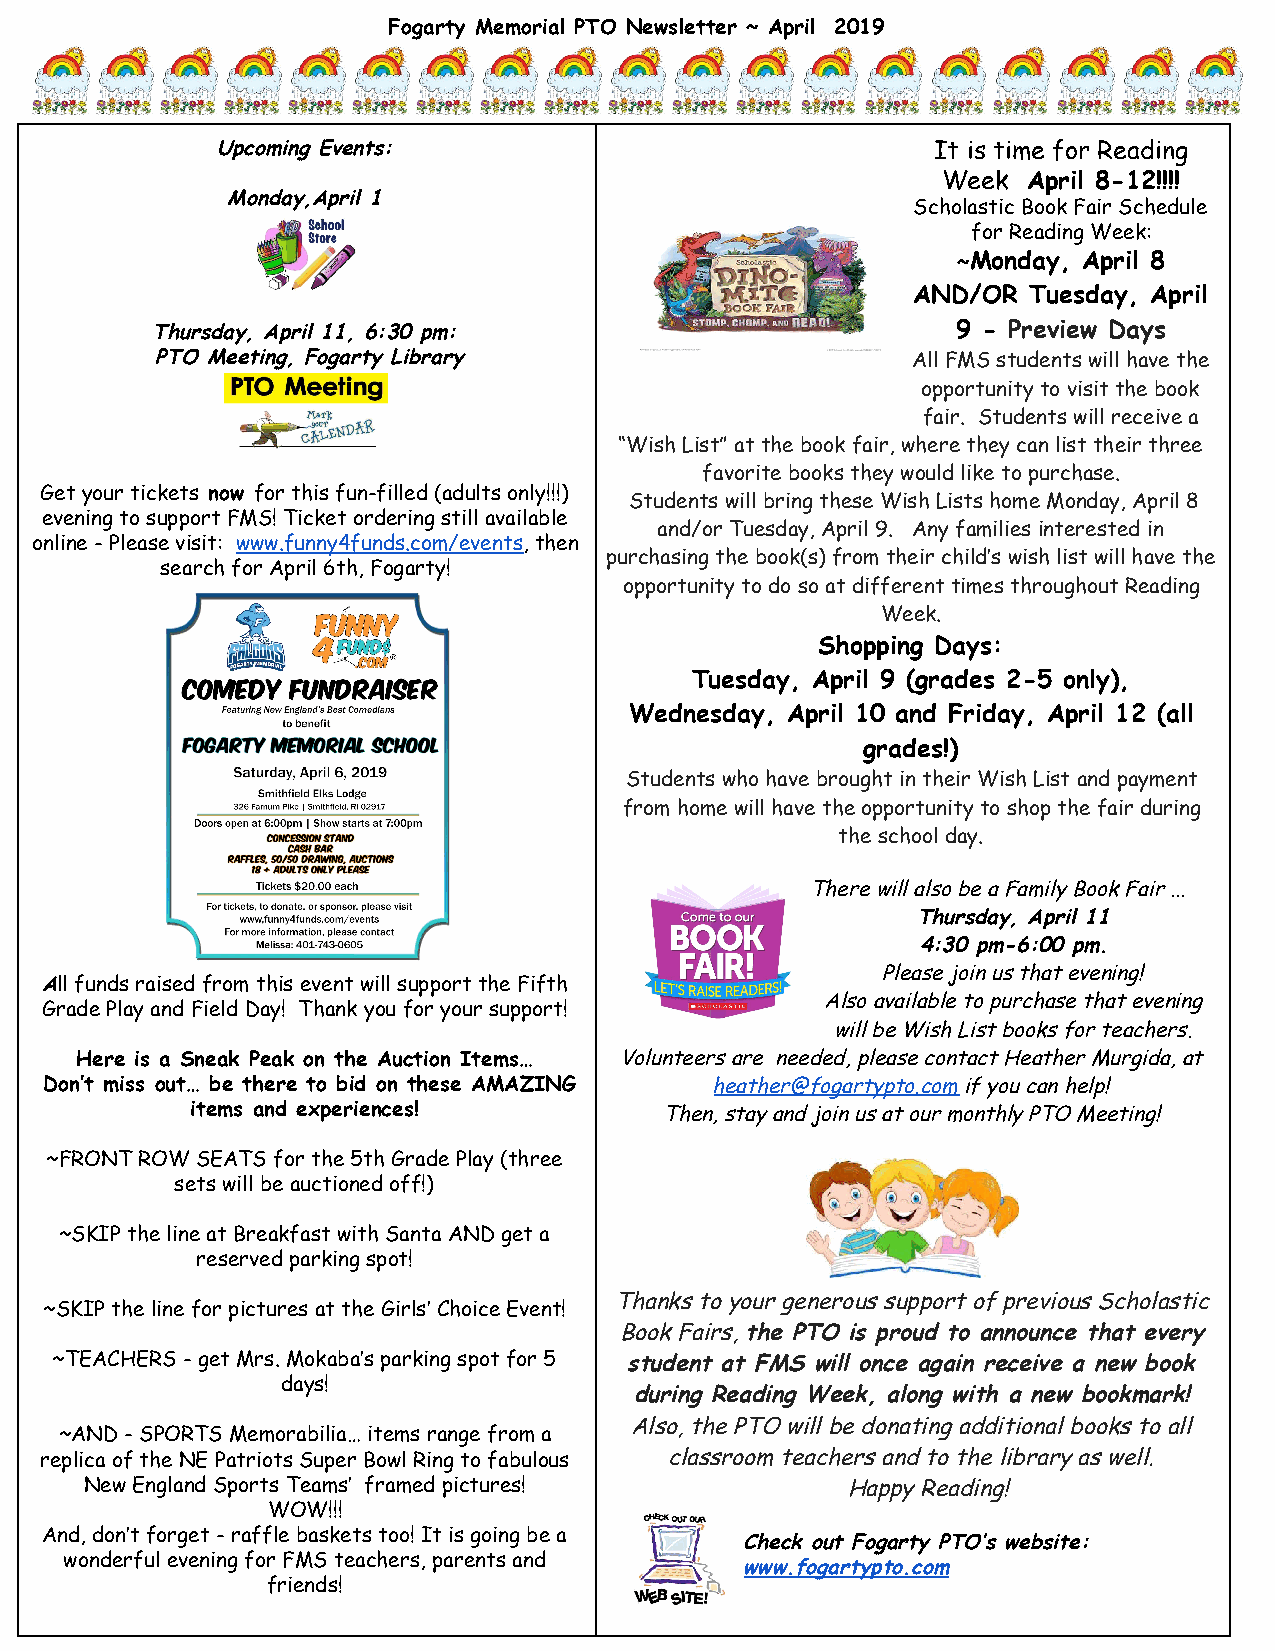
Fogarty Memorial PTO Newsletter ~ April 2019
 Upcoming Events:                                It is time for Reading
 Week  April 8-12!!!!
 Monday,April 1                                      ​
 Scholastic Book Fair Schedule
 for Reading Week:
 ~Monday, April 8
 ​
 AND/OR  Tuesday, April
 Thursday, April 11, 6:30 pm:                         9 - Preview Days
 ​
 PTO Meeting, Fogarty Library                      All FMS students will have the
 opportunity to visit the book
 fair. Students will receive a
 “Wish List” at the book fair, where they can list their three
 favorite books they would like to purchase.
 Get your tickets now for this fun-filled (adults only!!!)
 ​   ​                        Students will bring these Wish Lists home Monday, April 8
 evening to support FMS! Ticket ordering still available
 and/or Tuesday, April 9. Any families interested in
 online - Please visit: www.funny4funds.com/events, then
 ​                  ​    purchasing the book(s) from their child’s wish list will have the
 search for April 6th, Fogarty!
 opportunity to do so at different times throughout Reading
 Week.
 Shopping Days:
 Tuesday, April 9 (grades 2-5 only),
 Wednesday, April 10 and Friday, April 12 (all
 grades!)
 Students who have brought in their Wish List and payment
 from home will have the opportunity to shop the fair during
 the school day.
 There will also be a Family Book Fair ...
 Thursday, April 11
 4:30 pm-6:00 pm.
 Please join us that evening!
 All funds raised from this event will support the Fifth
 ​
 Also available to purchase that evening
 Grade Play and Field Day! Thank you for your support!
 will be Wish List books for teachers.
 Here is a Sneak Peak on the Auction Items… Volunteers are needed, please contact Heather Murgida, at
 Don’t miss out… be there to bid on these AMAZING heather@fogartypto.com if you can help!
 ​
 items and experiences!         Then, stay and join us at our monthly PTO Meeting!
 ~FRONT ROW SEATS for the 5th Grade Play (three
 sets will be auctioned off!)
 ~SKIP the line at Breakfast with Santa AND get a
 reserved parking spot!
 Thanks to your generous support of previous Scholastic
 ~SKIP the line for pictures at the Girls’ Choice Event!
 Book Fairs, the PTO is proud to announce that every
 ​
 ~TEACHERS - get Mrs. Mokaba’s parking spot for 5 student at FMS will once again receive a new book
 days!
 during Reading Week, along with a new bookmark!
 Also, the PTO will be donating additional books to all
 ~AND - SPORTS Memorabilia… items range from a
 replica of the NE Patriots Super Bowl Ring to fabulous classroom teachers and to the library as well.
 New England Sports Teams’ framed pictures!        Happy Reading!
 WOW!!!
 And, don’t forget - raffle baskets too! It is going be a
 Check out Fogarty PTO’s website:
 wonderful evening for FMS teachers, parents and
 www.fogartypto.com
 friends!